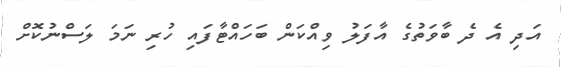
އަދި އެ ދެ ބާވަތުގެ އާފަލު ވިއްކަން ބަހައްޓާފައި ހުރި ނަމަ ލަސްނުކޮށް